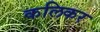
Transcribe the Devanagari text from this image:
कलिकर